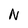
Character: N